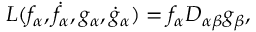
L ( f _ { \alpha } , \dot { f } _ { \alpha } , g _ { \alpha } , \dot { g } _ { \alpha } ) = f _ { \alpha } D _ { \alpha \beta } g _ { \beta } ,